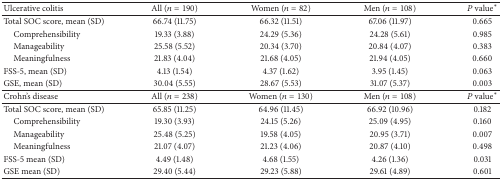
| Ulcerative colitis | All (n = 190) | Women (n = 82) | Men (n = 108) | P value* |
 | --- | --- | --- | --- | --- |
 | Total SOC score, mean (SD) | 66.74 (11.75) | 66.32 (11.51) | 67.06 (11.97) | 0.665 |
 | Comprehensibility | 19.33 (3.88) | 24.29 (5.36) | 24.28 (5.61) | 0.985 |
 | Manageability | 25.58 (5.52) | 20.34 (3.70) | 20.84 (4.07) | 0.383 |
 | Meaningfulness | 21.83 (4.04) | 21.68 (4.05) | 21.94 (4.05) | 0.660 |
 | FSS-5, mean (SD) | 4.13 (1.54) | 4.37 (1.62) | 3.95 (1.45) | 0.063 |
 | GSE, mean (SD) | 30.04 (5.55) | 28.67 (5.53) | 31.07 (5.37) | 0.003 |
 | Crohn's disease | All (n = 238) | Women (n = 130) | Men (n = 108) | P value* |
 | Total SOC score, mean (SD) | 65.85 (11.25) | 64.96 (11.45) | 66.92 (10.96) | 0.182 |
 | Comprehensibility | 19.30 (3.93) | 24.15 (5.26) | 25.09 (4.95) | 0.160 |
 | Manageability | 25.48 (5.25) | 19.58 (4.05) | 20.95 (3.71) | 0.007 |
 | Meaningfulness | 21.07 (4.07) | 21.23 (4.06) | 20.87 (4.10) | 0.498 |
 | FSS-5 mean (SD) | 4.49 (1.48) | 4.68 (1.55) | 4.26 (1.36) | 0.031 |
 | GSE mean (SD) | 29.40 (5.44) | 29.23 (5.88) | 29.61 (4.89) | 0.601 |